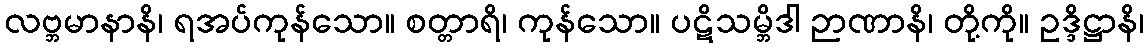
လဗ္ဘမာနာနိ၊ ရအပ်ကုန်သော။ စတ္တာရိ၊ ကုန်သော။ ပဋိသမ္ဘိဒါ ဉာဏာနိ၊ တို့ကို။ ဥဒ္ဒိဋ္ဌာနိ၊